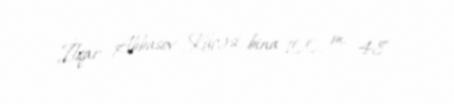
İlqar Abbasov Küçəsi, bina 100, m. 48